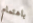
باهتمام